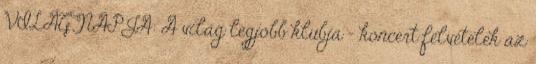
VILÁGNAPJA: A világ legjobb klubja – koncert felvételek az